Civil Veterinary Dept. Bombay admin report 1893-99 - 1893-1899
Year: 1893
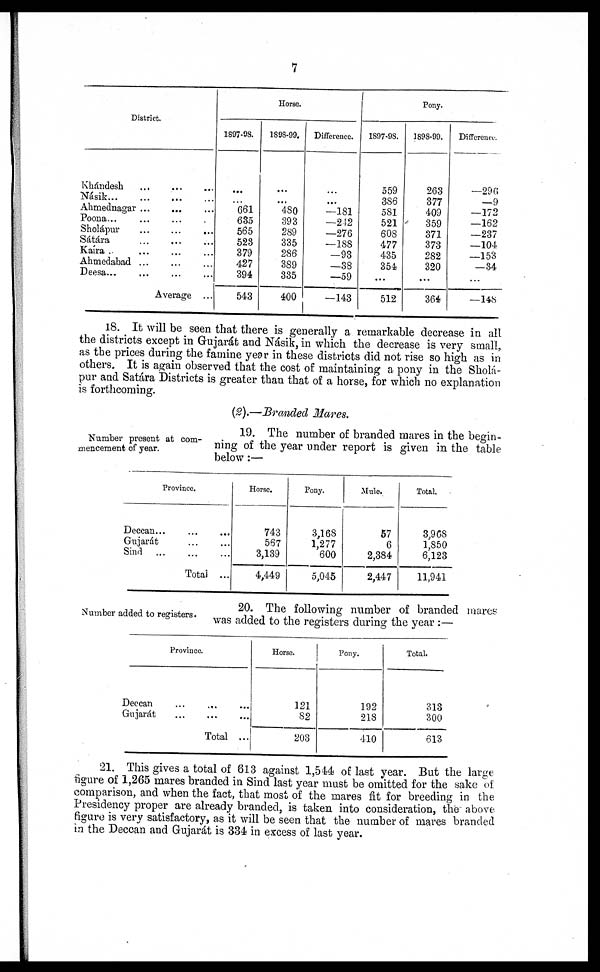
7
District.
Khándesh ... ... ...
Násik
...
...
...
...
Ahmednagar ... ... ...
Poona... ... ... .
Sholápur
...
...
...
Sátára ... ... ...
Kaíra .. ... ... ...
Ahmedabad ... ... ...
Deesa ... ... ... ...
Average ...
Horse.
1897-98.
...
...
661
635
565
523
379
427
394
543
1898-99.
...
...
480
393
289
335
286
389
335
400
Difference.
...
...
—181
—242
—276
—188
—93
—38
—59
—143
Pony.
1897-98.
559
386
581
521
608
477
435
354
...
512
3898-99.
263
377
409
359
371
373
282
320
...
364
Difference.
—296
—9
—172
—162
—237
—104
—153
—34
...
— 148
18. It will be seen that there is generally a remarkable decrease in all
the districts except in Gujarát and Násik, in which the decrease is very small,
as the prices during the famine year in these districts did not rise so high as in
others. It is again observed that the cost of maintaining a pony in the Sholá-
pur and Satára Districts is greater than that of a horse, for which no explanation
is forthcoming.
(2).—Branded Mares.
Number present at com-
mencement of year.
19. The number of branded mares in the begin-
ning of the year under report is given in the table
below :—
Province.
Deccan... ... ...
Gujarát ... ...
Sind
...
...
...
Total ...
Horse.
743
567
3,139
4,449
Pony.
3,168
1,277
600
5,045
Mule.
57
6
2,384
2,447
Total.
3,968
1,850
6,123
11,941
Number added to registers.
20. The following number of branded mares
was added to the registers during the year :—
Province.
Deccan ... ... ...
Gujarát ... ... ...
Total ...
Horse.
121
82
203
Pony.
192
218
410
Total.
313
300
613
21. This gives a total of 613 against 1,544 of last year. But the large
figure of 1,265 mares branded in Sind last year must be omitted for the sake of
comparison, and when the fact, that most of the mares fit for breeding in the
Presidency proper are already branded, is taken into consideration, the above
figure is very satisfactory, as it will be seen that the number of mares branded
in the Deccan and Gujarát is 334 in excess of last year.